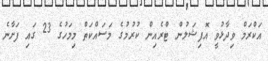
އަކްރަމް ވިދާޅުވީ އޮފިޝަލުން ޓްރެއިން ކުރުމުގެ މަސައްކަތް މިމަހުގެ 23 ގައި ފަށާނެ